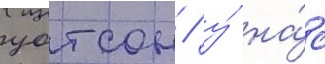
уотсон / у́ на́с